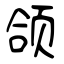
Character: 颌